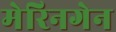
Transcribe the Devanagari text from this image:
मेरिनगेन